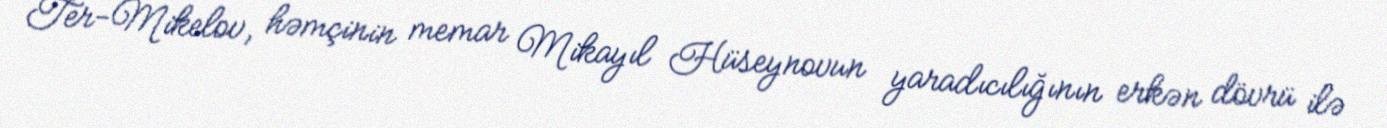
Ter-Mikelov, həmçinin memar Mikayıl Hüseynovun yaradıcılığının erkən dövrü ilə